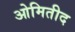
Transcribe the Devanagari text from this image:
ओमितीद